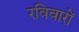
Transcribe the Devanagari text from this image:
रविवारों